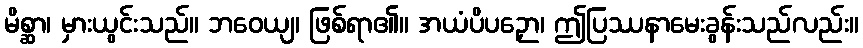
မိစ္ဆာ၊ မှားယွင်းသည်။ ဘဝေယျ၊ ဖြစ်ရာ၏။ အယံပိပဉှော၊ ဤပြဿနာမေးခွန်းသည်လည်း။